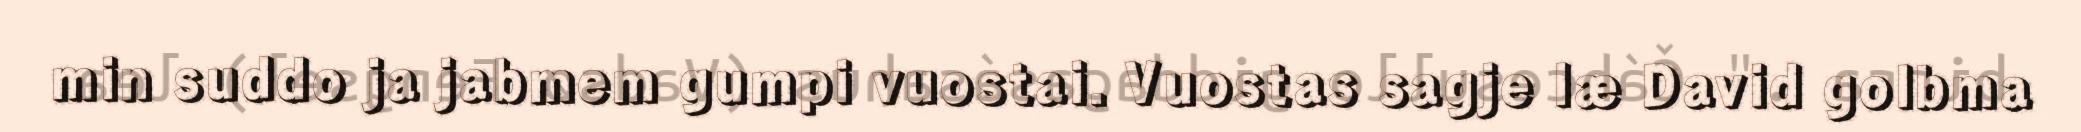
min suddo ja jabmem gumpi vuostai. Vuostas sagje læ David golbma